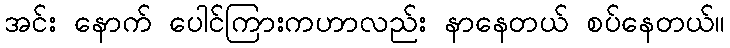
အင်း နောက် ပေါင်ကြားကဟာလည်း နာနေတယ် စပ်နေတယ်။